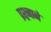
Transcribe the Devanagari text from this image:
प्रश्र्नाने